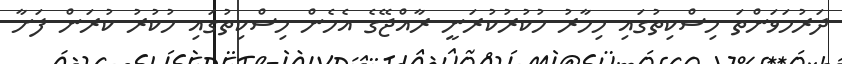
ދަރުމަވަންތަ މިސްކިތުގައި މިހާރު ހުކުރުކުރަނީ ރާއްޖޭގެ އެހެން މިސްކިތުގައި ހުކުރު ކުރަން ފަށާ